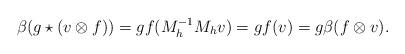
LaTeX: \begin{align*}\beta(g\star (v\otimes f))= gf(M_{h}^{-1}M_hv)=gf(v)=g\beta(f\otimes v).\end{align*}